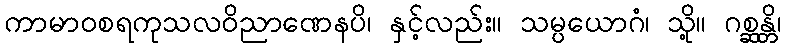
ကာမာဝစရကုသလဝိညာဏေနပိ၊ နှင့်လည်း။ သမ္ပယောဂံ၊ သို့။ ဂစ္ဆန္တိ၊